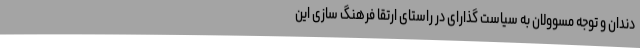
دندان و توجه مسوولان به سیاست گذارای در راستای ارتقا فرهنگ سازی این